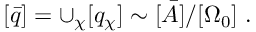
[ \bar { q } ] = \cup _ { \chi } [ q _ { \chi } ] \sim [ \bar { A } ] / [ \Omega _ { 0 } ] \ .